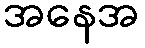
အနေအ